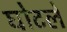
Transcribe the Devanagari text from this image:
घोटले